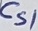
Text: Cs1